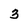
Character: 3